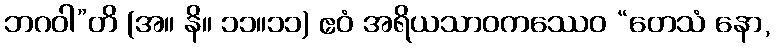
ဘဂဝါ”တိ (အ။ နိ။ ၁၁။၁၁) ဧဝံ အရိယသာဝကဿေဝ “တေသံ နော,